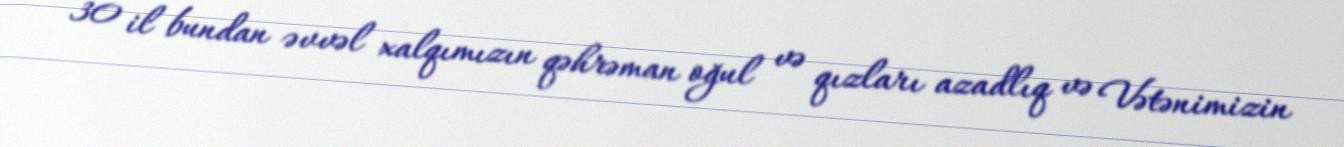
30 il bundan əvvəl xalqımızın qəhrəman oğul və qızları azadlıq və Vətənimizin